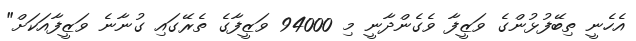
އެހެނީ ތިބޭފުޅުންގެ ވަޒީފާ ވެގެންދާނީ މި 94000 ވަޒީފާގެ ތެރޭގައި ގުނާނެ ވަޒީފާއަކަށް"